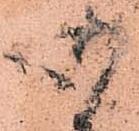
御